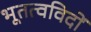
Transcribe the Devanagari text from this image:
भूतत्वविदों